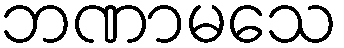
ဘဏာမသေ